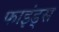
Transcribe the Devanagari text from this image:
फाइंड्स